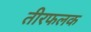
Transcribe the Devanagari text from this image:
तीरफलक